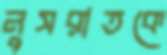
নুসরাতকে